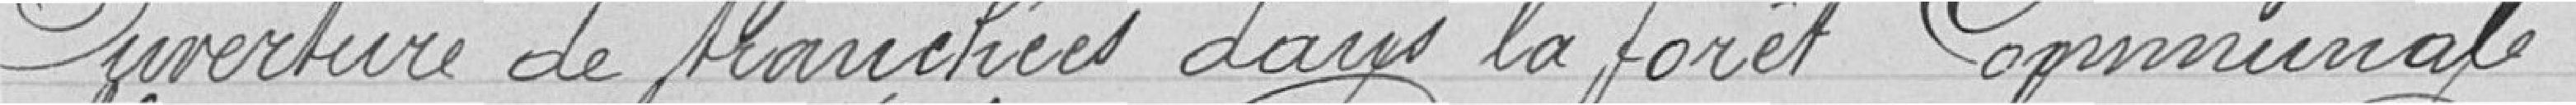
Ouverture de tranchées dans la forêt communale